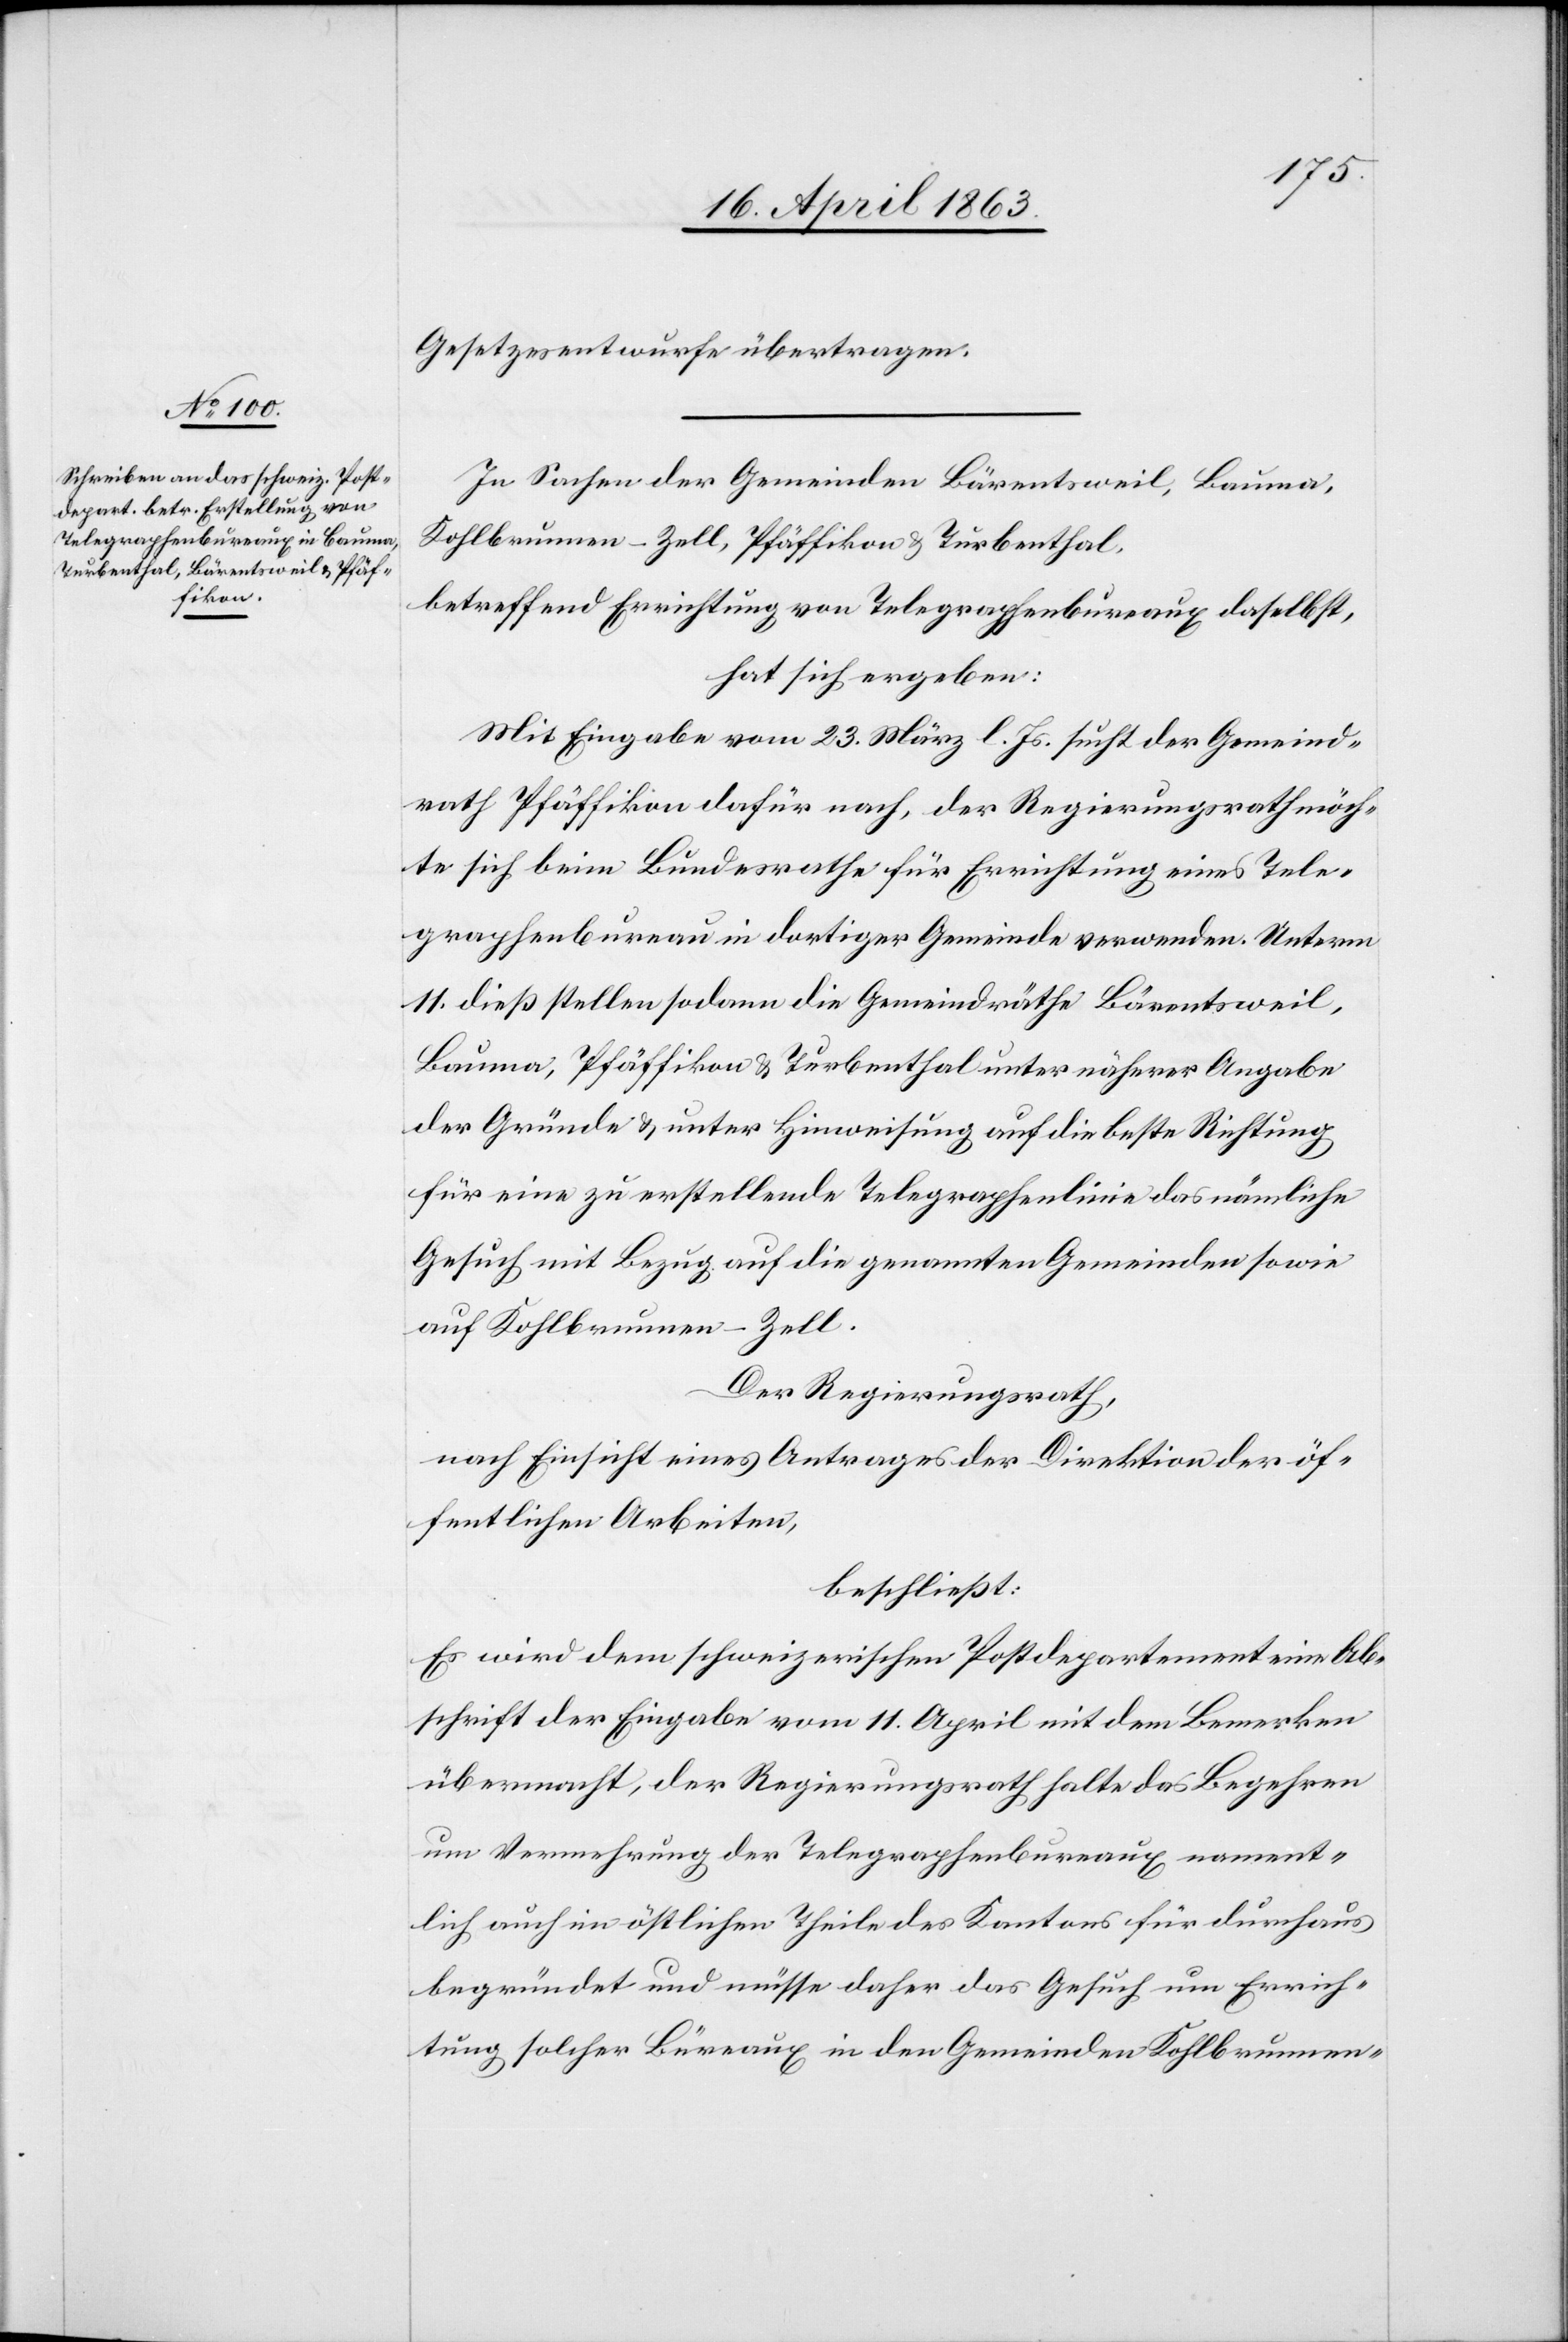
Gesetzesentwurfe übertragen.
In Sachen der Gemeinde Bärentsweil, Bauma,
Kohlbrunnen-Zell, Pfäffikon & Turbenthal,
betreffend Errichtung von Telegraphenbureaux daselbst,
hat sich ergeben:
Mit Eingabe vom 23. März l. Js. sucht der Gemeind¬
rath Pfäffikon dafür nach, der Regierungsrath möch¬
te sich beim Bundesrathe für Errichtung eines Tele¬
graphenbureau in dortiger Gemeinde verwenden. Unterm
11. dieß stellen sodann die Gemeindräthe Bärentsweil,
Bauma, Pfäffikon & Turbenthal unter näherer Angabe
der Gründe & unter Hinweisung auf die beste Richtung
für eine zu erstellende Telegraphenlinie das nämliche
Gesuch mit Bezug auf die genannten Gemeinden sowie
auf Kohlbrunnen-Zell.
Der Regierungsrath,
nach Einsicht eines Antrages der Direktion der öf¬
fentlichen Arbeiten,
beschließt:
Es wird dem schweizerischen Postdepartement eine Ab¬
schrift der Eingabe vom 11. April mit dem Bemerken
übermacht, der Regierungsrath halte das Begehren
um Vermehrung der Telegraphenbureaux nament¬
lich auch im östlichen Theile des Kantons für durchaus
begründet und müsse daher das Gesuch um Errich¬
tung solcher Büreaux in den Gemeinden Kohlbrunnen-